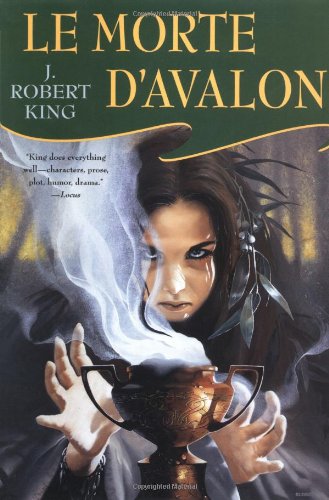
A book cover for Le Morte D'Avalon (Arthurian Novel); J. Robert King; Science Fiction & Fantasy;